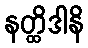
နတ္ထိဒါနိ